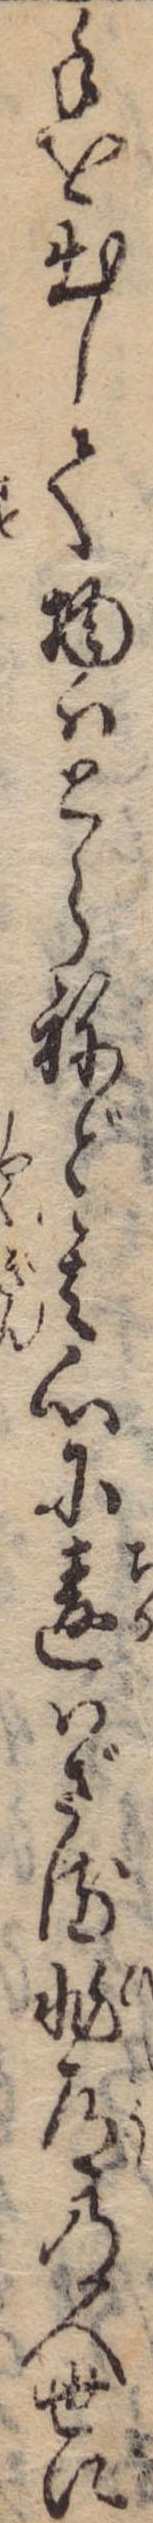
手を出して物はとらねど其心に違はざる非道の人世に